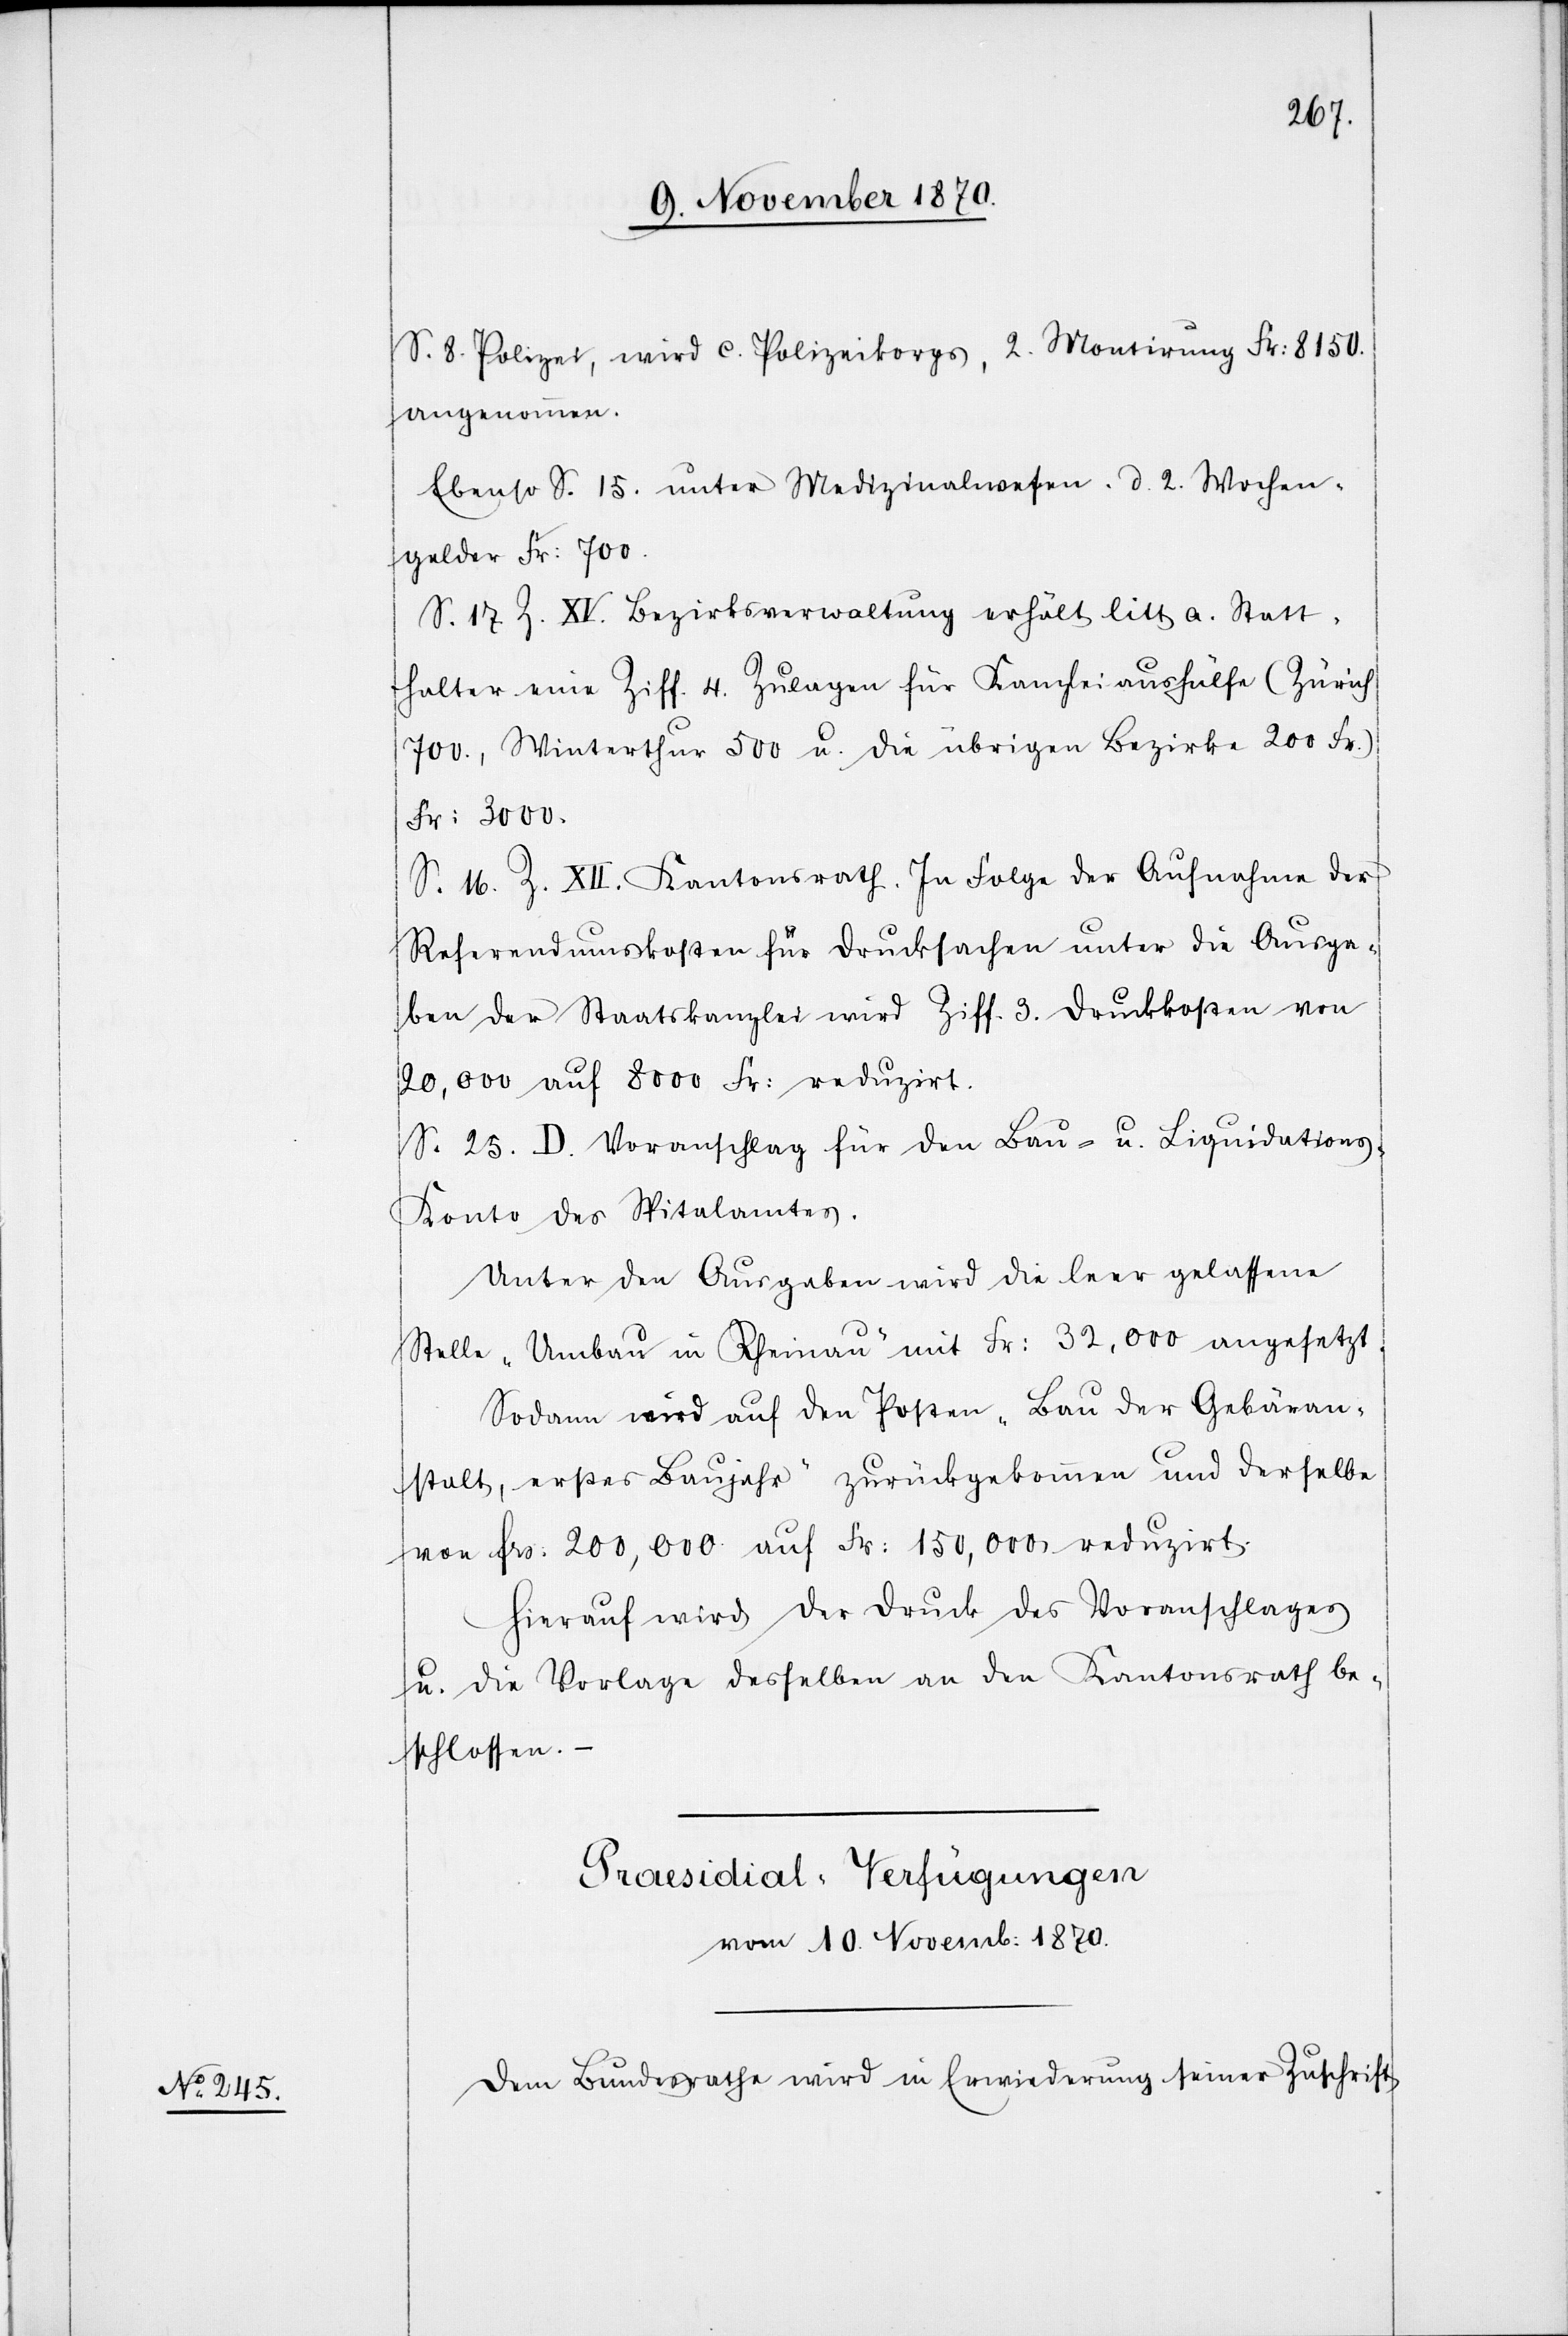
S. 8. Polizei, wird c. Polizeikorps, 2. Montirung Fr: 8150.
angenommen.
Ebenso S. 15. unter Medizinalwesen. d. 2. Wochen¬
gelder Fr: 700.
S. 17 Z. XV. Bezirksverwaltung erhält litt a. Statt¬
halter eine Ziff. 4. Zulagen für Kanzlei Aushülfe (Zürich
700., Winterthur 500 u. die übrigen Bezirke 200 Fr.)
Fr: 3000.
S. 16. Z. XII. Kantonsrath. In Folge der Aufnahme der
Referendumskosten für Drucksachen unter die Ausga¬
ben der Staatskanzlei wird Ziff. 3. Druckkosten von
20,000 auf 8000 Fr: reduzirt.
S. 25. D. Voranschlag für den Bau- u. Liquidation¬
s-Konto des Spitalamtes.
Unter den Ausgaben wird die leer gelassene
Stelle „Umbau in Rheinau“ mit Fr: 32,000 angesetzt.
Sodann wird auf den Posten „Bau der Gebäran¬
stalt, erstes Baujahr“ zurückgekommen und derselbe
von Frs. 200,000 auf Fr: 150,000 reduzirt.
Hierauf wird der Druck des Voranschlages
u. die Vorlage desselben an den Kantonsrath be¬
schlossen.
Praesidial-Verfügungen
vom 10. Novemb: 1870
Dem Bundesrathe wird in Erwiederung seiner Zuschrift